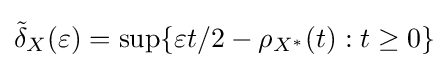
{\tilde {\delta }}_{X}(\varepsilon )=\sup\{\varepsilon t/2-\rho _{X^{*}}(t):t\geq 0\}